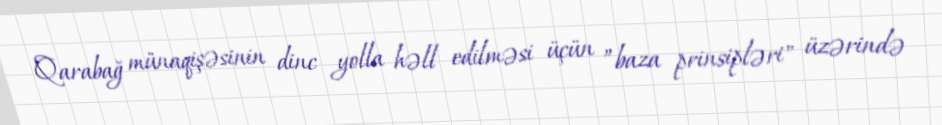
Qarabağ münaqişəsinin dinc yolla həll edilməsi üçün ”baza prinsipləri" üzərində